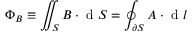
\Phi _ { B } \equiv \iint _ { S } \boldsymbol { B } \cdot \mathrm { ~ d ~ } \boldsymbol { S } = \oint _ { \partial S } \boldsymbol { A } \cdot \mathrm { ~ d ~ } \boldsymbol { l }